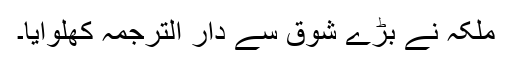
ملکہ نے بڑے شوق سے دار الترجمہ کھلوایا۔